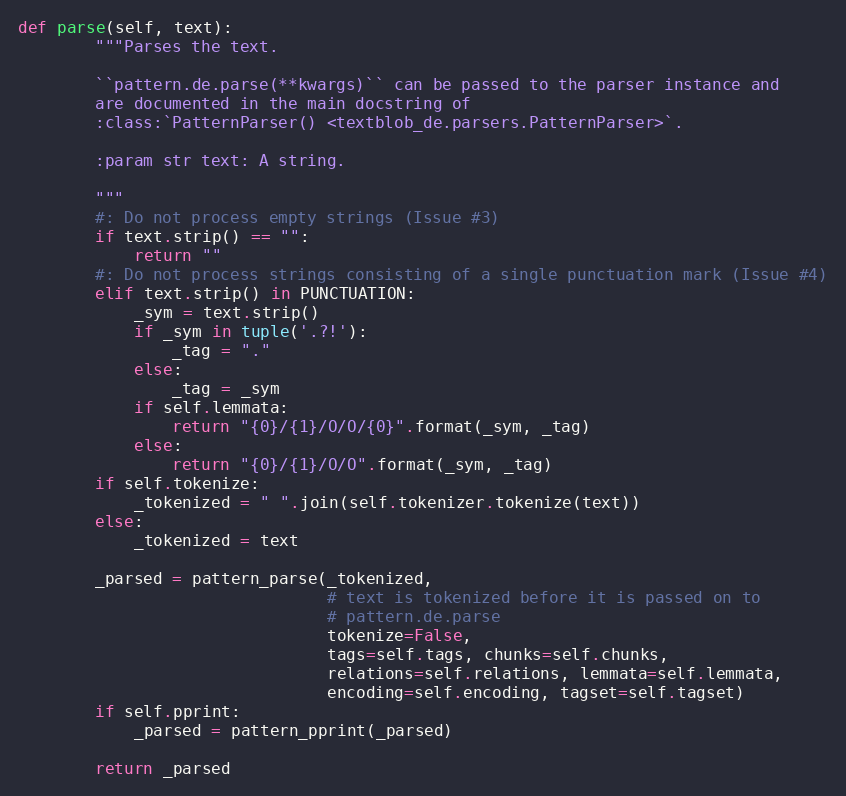
Language: Python
def parse(self, text):
        """Parses the text.

        ``pattern.de.parse(**kwargs)`` can be passed to the parser instance and
        are documented in the main docstring of
        :class:`PatternParser() <textblob_de.parsers.PatternParser>`.

        :param str text: A string.

        """
        #: Do not process empty strings (Issue #3)
        if text.strip() == "":
            return ""
        #: Do not process strings consisting of a single punctuation mark (Issue #4)
        elif text.strip() in PUNCTUATION:
            _sym = text.strip()
            if _sym in tuple('.?!'):
                _tag = "."
            else:
                _tag = _sym
            if self.lemmata:
                return "{0}/{1}/O/O/{0}".format(_sym, _tag)
            else:
                return "{0}/{1}/O/O".format(_sym, _tag)
        if self.tokenize:
            _tokenized = " ".join(self.tokenizer.tokenize(text))
        else:
            _tokenized = text

        _parsed = pattern_parse(_tokenized,
                                # text is tokenized before it is passed on to
                                # pattern.de.parse
                                tokenize=False,
                                tags=self.tags, chunks=self.chunks,
                                relations=self.relations, lemmata=self.lemmata,
                                encoding=self.encoding, tagset=self.tagset)
        if self.pprint:
            _parsed = pattern_pprint(_parsed)

        return _parsed